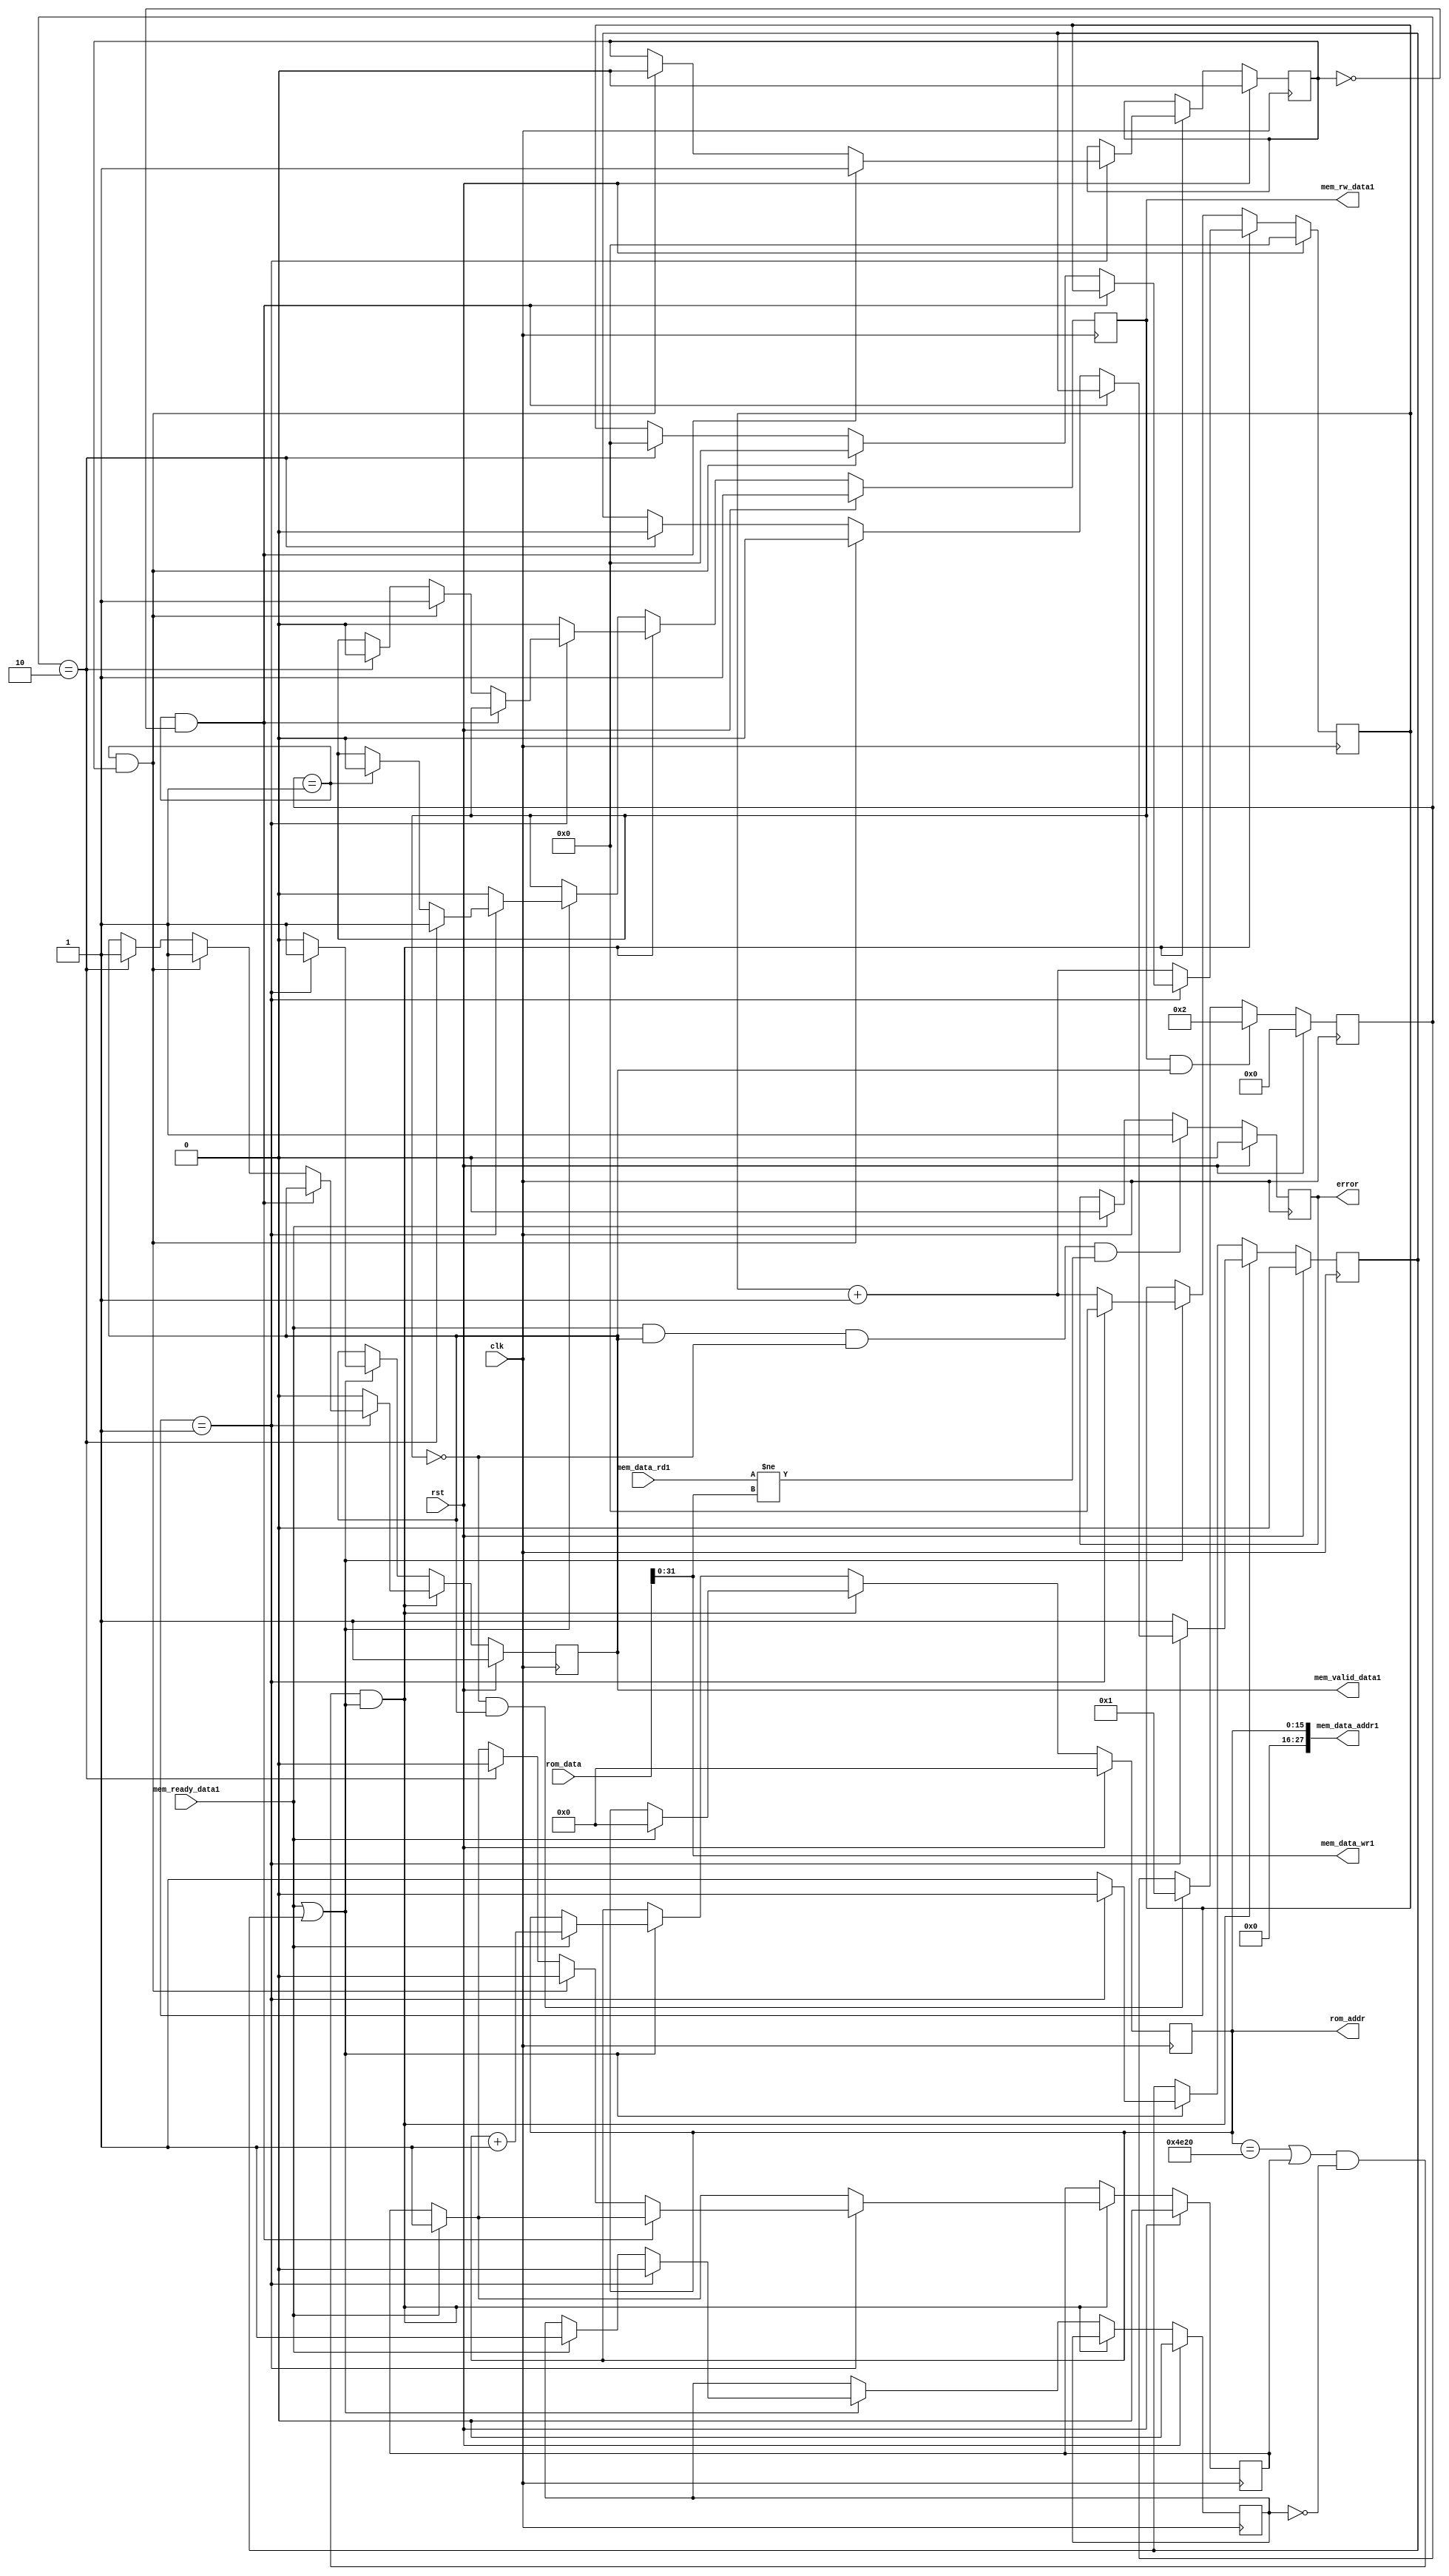
`timescale 1ns / 1ps
//////////////////////////////////////////////////////////////////////////////////
// Company: 
// Engineer: 
// 
// Design Name: 
// Module Name:    write_data_mem 
// Project Name: 
// Target Devices: 
// Tool versions: 
// Description: 
//
// Dependencies: 
//
// Revision: 
// Revision 0.01 - File Created
// Additional Comments: 
//
//////////////////////////////////////////////////////////////////////////////////
module CPU_Dcache_dummy #(
      parameter CYCLE_DELAY = 1
		)
(
		input clk,
		input rst,
		
	// ROM interface
   
	input  [63:0]  rom_data,
	output reg [15:0] rom_addr,	
		
	output  	   [31:0] mem_data_wr1,
								// Input data from cache
								
	input   [31:0] mem_data_rd1,
								// Output the data to cache
								
   output       [27:0]  mem_data_addr1,
								// DDR2 address from cache to read/write the data from/to
								
	output reg               mem_rw_data1,
	                     // To indicate read/write command from cache
								
	output reg               mem_valid_data1,
	                     // To indicate from cache if command is valid
								
	input 				  mem_ready_data1,
	
	output   reg			error
                        // To indicate to cache that response is ready	
    );


	reg [31:0] cycle_count;
   reg  enable_cycle;	

	reg [5:0] mem_ready_count;
	
	reg [3:0] increment_address; 
	reg last_command_done;
	
	assign mem_data_wr1 = rom_data[31:0];
	// This generates error
	// assign mem_data_wr1 = (rom_addr == 16'd20000 & mem_rw_data1) ? 32'hFFFFFFFF : rom_data[31:0];
  // assign mem_data_addr1 = {8'd0,increment_address,rom_addr};
   assign mem_data_addr1 = {12'd0,rom_addr};
	
	always @(posedge clk)
	begin
		if(rst)
		increment_address <= 4'd0;
		else if( ( (rom_addr == 16'd20000) & ~last_command_done ) && (mem_ready_data1) & (mem_ready_count == 1) )
		increment_address <= increment_address + 1;
		else
		increment_address <= increment_address;
	end
	
	//assign error = (mem_ready_data1 & mem_valid_data1 & ~mem_rw_data1) ? ( (mem_data_rd1 == temp_mem[rom_addr]) ? 0 : 1) : 1'b0;
	
	always @(posedge clk)
	begin
	if(rst)
	error <= 0;
	else
		begin
		if((mem_ready_data1 & mem_valid_data1 & ~mem_rw_data1) & (mem_data_rd1 != mem_data_wr1))
		error <= 1;
		else if(mem_ready_data1)
		error <= 0;
		end
	end
	

	reg update_write;
	reg last_address;

	
	always @(posedge clk)
	begin
		if(rst)
		begin
			rom_addr <= 16'd0;
			mem_rw_data1 <= 1;
			mem_valid_data1 <= 1;   // Starting with write command
			cycle_count <= 32'd0;
			enable_cycle <= 0;
			update_write <= 0;
			last_address <= 0;
			last_command_done <= 0;
		end
		else
		begin
			if( ( (rom_addr == 16'd20000 | last_address) & ~last_command_done ) && (mem_ready_data1 | enable_cycle) )
				begin
				
				if(mem_ready_data1)
				begin
				rom_addr <= 16'd0; 
				last_address <= 1;  // Updating so that it loops again
				end
				
				if(cycle_count == CYCLE_DELAY)
					begin


					if(mem_ready_count == 1 & ~update_write)  // Last Command was read, so now write
						begin
						//mem_rw_data1 <= 1;
						//rom_addr <= 6'd0;
						update_write <= 1;
						end
						
					else if(mem_ready_count == 1 & update_write)
						begin
						mem_valid_data1 <= 1;
					   cycle_count <= 32'd0;
					   enable_cycle <= 0;
						
						mem_rw_data1 <= 1;
						//rom_addr <= 16'd0;
						update_write <= 0; // Setting it back
					   last_address <= 0;
						end
											
						
					else if(mem_ready_count == 2)
						begin
						mem_valid_data1 <= 1;
					   cycle_count <= 32'd0;
					   enable_cycle <= 0;
						
						mem_rw_data1 <= 0;
						//rom_addr <= 16'd0;
					   last_address <= 0;						
						end
					end
					
					else
					begin
					mem_valid_data1 <= 0;
					mem_rw_data1 <= 0;
					enable_cycle <= 1;
					cycle_count <= cycle_count + 1;
					end
				
				end
				
			else if(mem_ready_data1 | enable_cycle )
				begin

				if(mem_ready_data1)
				begin
				rom_addr <= rom_addr+1;  
				last_command_done <= 1; // Prevent above loop to execute last address immediately
				end
				
				if(cycle_count == CYCLE_DELAY)
					begin
					mem_valid_data1 <= 1;
					cycle_count <= 32'd0;
					enable_cycle <= 0;
				   last_command_done <= 0;
					if(mem_ready_count == 2)  // Write and then read
						begin
						mem_rw_data1 <= 1;
					//	rom_addr <= rom_addr+1;
						end
					else if(mem_ready_count == 1)
						begin
					//	rom_addr <= rom_addr+1;
						mem_rw_data1 <= 0;
						end
					end
					
					else
					begin
					mem_valid_data1 <= 0;
					mem_rw_data1 <= 0;
					enable_cycle <= 1;
					cycle_count <= cycle_count + 1;
					end				
				
				end
					
			else
			   begin
				rom_addr <= rom_addr;
				// Start with first write
				end
		end
	end
	
	
		always @(posedge clk)
	begin
   if(rst)
	mem_ready_count <= 0;
	else if(mem_rw_data1 & mem_valid_data1) // For write increment by 2
	mem_ready_count <= 2;   // Write
	else if(~mem_rw_data1 & mem_valid_data1)
	mem_ready_count <= 1;  // Read
	
	end
	
	
	
endmodule